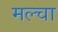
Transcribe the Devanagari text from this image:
मल्‍चा